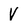
Character: V